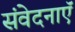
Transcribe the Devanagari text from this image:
संवेदनाऍं